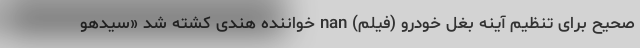
صحیح برای تنظیم آینه بغل خودرو (فیلم) nan خواننده هندی کُشته شد «سیدھو